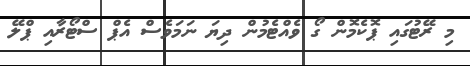
މި ރޭޓުގައި ޕޮކެމޮން ގޯ ވެއްޓެމުން ދިޔަ ނަމަވެސް އެޕް ސްޓޯރާއި ޕްލޭ